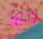
انها